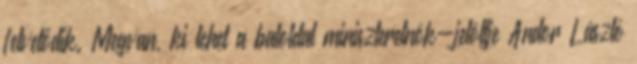
felvetődik. Megvan, ki lehet a baloldal miniszterelnök-jelöltje Andor László